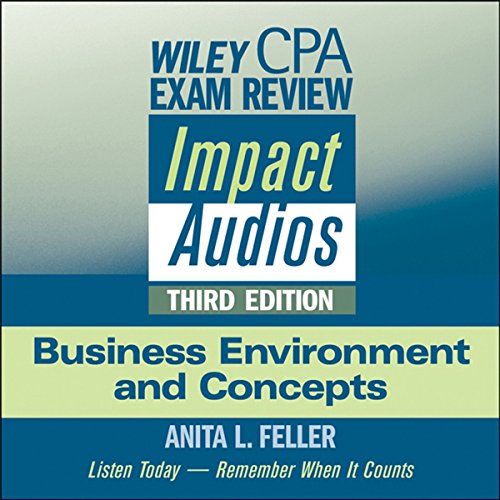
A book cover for Wiley CPA Exam Review Impact Audios: Business Environment and Concepts, 3rd Edition; Anita L. Feller; Test Preparation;